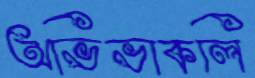
অভিভাকলি